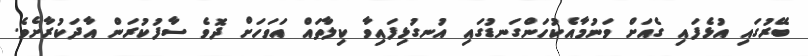
ބޭރުގައި އުޅެފައި ގެއަށް ވަނުމާއެކުހަންގަނޑުގައި އުނގުޅިފައިވާ ކިލާތައް އަވަހަށް ދޮވެ ސާފުކުރަން އާދަކުރާށެވެ.